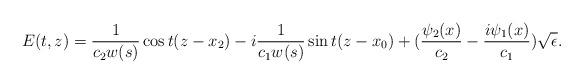
LaTeX: \begin{align*} E(t,z) = \frac{1}{c_2 w(s)} \cos t(z- x_2) -i\frac{1}{c_1 w(s)} \sin t(z- x_0) + (\frac{\psi_2 (x)}{c_2} - \frac{i\psi_1 (x) }{c_1} ) \sqrt{\epsilon}.\end{align*}